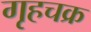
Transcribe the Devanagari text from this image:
गृहचक्र